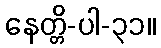
နေတ္တိ-ပါ-၃၁။